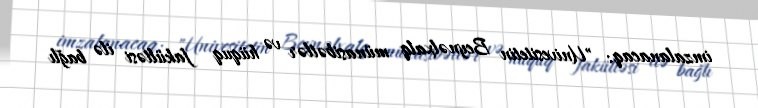
imzalanacaq: "Univesitetin Beynəlxalq münasibətlər və hüquq fakültəsi ilə bağlı